Note on the mental hospitals in Burma - 1925-1940
Year: 1925
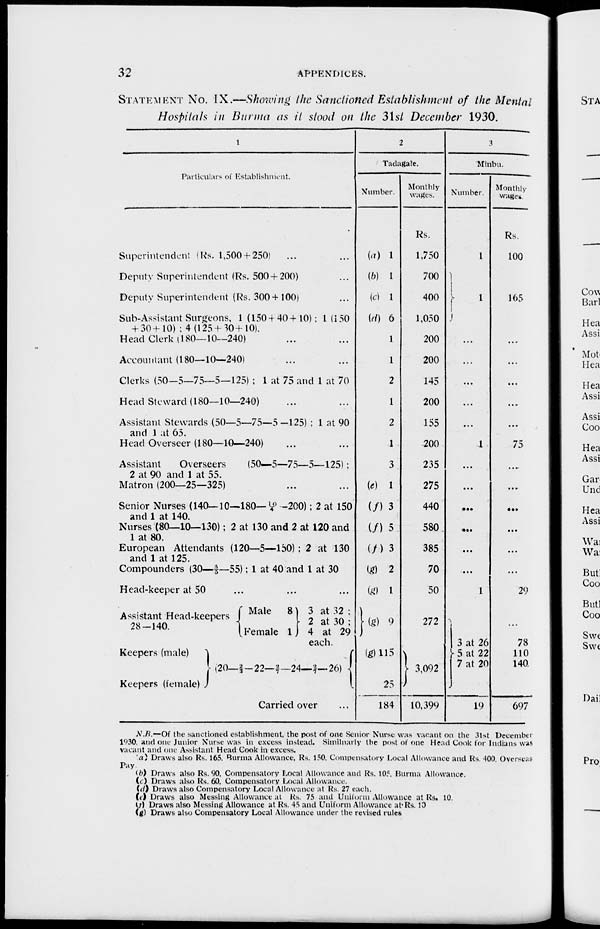
32
APPENDICES.
STATEMENT No. IX.—Showing the Sanctioned Establishment of the Mental
Hospitals in Burma as it stood on the 31st December 1930.
1
Particulars of Establishment.
Superintendent (Rs. 1,500 + 250) ... ...
Deputy Superintendent (Rs. 500 + 200) ...
Deputy Superintendent (Rs. 300+ 100) ...
Sub-Assistant Surgeons, 1(1504 40+10); 1(150
+ 30+10) ; 4(125+30+10).
Head Clerk (180—10—240) ... ...
Accountant (180—10—240) ... ...
Clerks (50—5—75—5—125) ; 1 at 75 and 1 at 70
Head Steward (180—10—240) ... ...
Assistant Stewards (50—5—75—5—125) ; 1 at 90
and 1 at 65.
Head Overseer (180—10—240) ... ...
Assistant
Overseers
(50—5—75—5—125);
2 at 90 and 1 at 55.
Matron (200—25—325) ... ...
Senior Nurses (140—10—180—10/4—200); 2 at 150
and 1 at 140.
Nurses (80—10—130); 2 at 130 and 2 at 120 and
1 at 80.
European Attendants (120—5—150) ; 2 at 130
and 1 at 125.
Compounders (30—5/5—55); 1 at 40 and 1 at 30
Head-keeper at 50 ... ... ...
Assistant Head-keepers
28—140.
Keepers (male)
Keepers (female)
Male
8
Female 1
3 at 32 ;
2 at 30 ;
4 at 29
each.
(20—2/3—22—2/7—24—2/7—
26)
Carried over ...
2
Tadagale.
Number.
(a) 1
(b) 1
(c) 1
(d) 6
1
1
2
1
2
1
3
(e) 1
(f) 3
(f) 5
(f) 3
(g) 2
(g) 1
(g) 9
(g)115
25
184
Monthly
wages.
Rs.
1,750
700
400
1,050
200
200
145
200
155
200
235
275
440
580
385
70
50
272
3,092
10,399
3
Minbu.
Number.
1
1
...
...
...
...
...
1
...
...
...
...
...
...
1
3 at 26
5 at 22
7 at 20
19
Monthly
wages.
Rs.
100
165
...
...
...
...
...
75
...
...
...
...
...
...
29
...
78
110
140
697
N.B.—Of the sanctioned establishment, the post of one Senior Nurse was vacant on the 31st December
1930 and one Junior Nurse was in excess instead. Similarly the post of one Head Cook for Indians was
vacant and one Assistant Head Cook in excess.
(a) Draws also Rs. 165. Burma Allowance. Rs. 150. Compensatory Local Allowance and Rs. 400,Overseas
Pay.
(b) Draws also Rs. 90. Compensatory Local Allowance and Rs. 105,Burma Allowance.
(c) Draws also Rs. 60. Compensatory Local Allowance.
(d) Draws also Compensatory Local Allowance at Rs. 27 each.
(e) Draws also Messing Allowance at Rs. 75 and Uniform Allowance at Rs. 10.
(f) Draws also Messing Allowance at Rs. 45 and Uniform Allowance at Rs. 10
(g) Draws also Compensatory Local Allowance under the revised rules